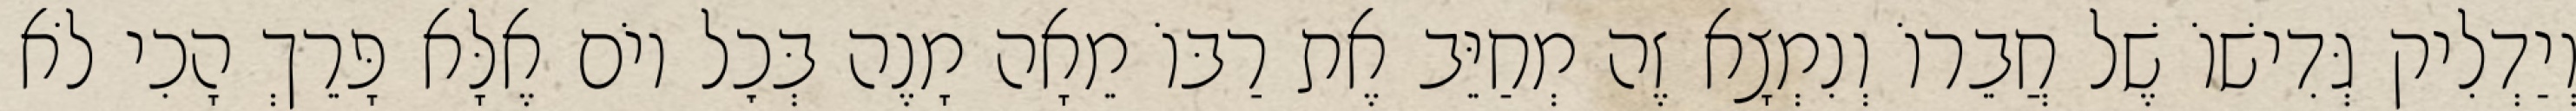
וְיַדְלִיק גְּדִישׁוֹ שֶׁל חֲבֵרוֹ וְנִמְצָא זֶה מְחַיֵּב אֶת רַבּוֹ מֵאָה מָנֶה בְּכׇל יוֹם אֶלָּא פָּרֵךְ הָכִי לֹא